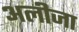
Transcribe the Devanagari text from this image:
अलीजा